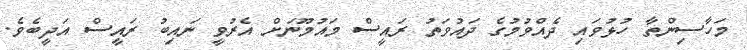
މަހާސިންތާ ހުޅުވައި ދެއްވުމުގެ ދައުވަތު ރައީސް މައުމޫނަށް އެރުވީ ނައިބު ރައީސް އަދީބެވެ.